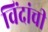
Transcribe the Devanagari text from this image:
विंदांची